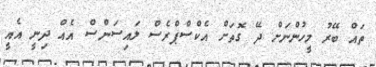
ތައް ބޭރު މީހުންނަށް ދޭ ގޮތަށް އެކްސްޕްރެސް ލައިސަންސް އެއް ދިނީ އެއީ